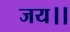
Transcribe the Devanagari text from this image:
जय।।